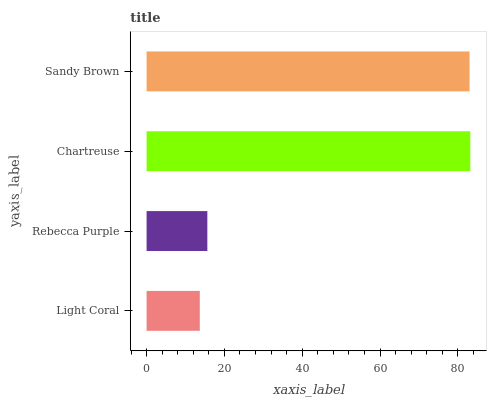
| yaxis_label | bars |
 | --- | --- |
 | Light Coral | 13.7 |
 | Rebecca Purple | 15.6 |
 | Chartreuse | 83.2 |
 | Sandy Brown | 83 |